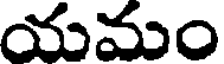
యమం